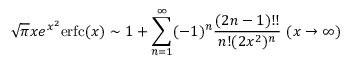
{ \sqrt { \pi } } x e ^ { x ^ { 2 } } \mathrm { { e r f c } } ( x ) \sim 1 + \sum _ { n = 1 } ^ { \infty } ( - 1 ) ^ { n } { \frac { ( 2 n - 1 ) ! ! } { n ! ( 2 x ^ { 2 } ) ^ { n } } } \ ( x \to \infty )